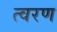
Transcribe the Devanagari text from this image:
त्‍वरण